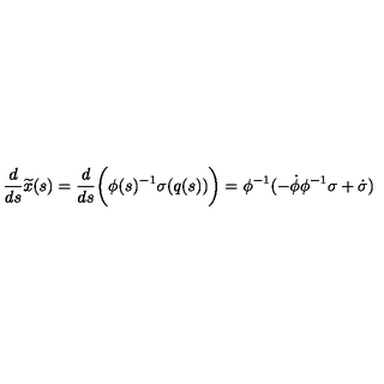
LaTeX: \frac { d } { d s } \widetilde { x } ( s ) = \frac { d } { d s } \biggl ( \phi ( s ) ^ { - 1 } \sigma ( q ( s ) ) \biggr ) = \phi ^ { - 1 } ( - \dot { \phi } \phi ^ { - 1 } \sigma + \dot { \sigma } )